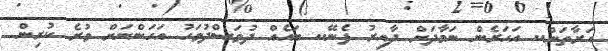
އަރާތަން.. އަހަރެން ނަމާދަށް ދާއިރު ފެނޭ.. ބައެއް ދުވަސްދުވަހު އަހަންނަށް ވުރެ ކުރިން